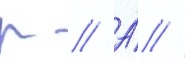
р // А́ //